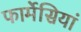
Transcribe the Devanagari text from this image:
फार्मेसियां